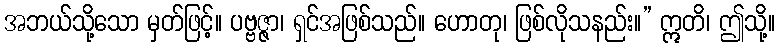
အဘယ်သို့သော မှတ်ဖြင့်။ ပဗ္ဗဇ္ဇာ၊ ရှင်အဖြစ်သည်။ ဟောတု၊ ဖြစ်လိုသနည်း။” ဣတိ၊ ဤသို့။